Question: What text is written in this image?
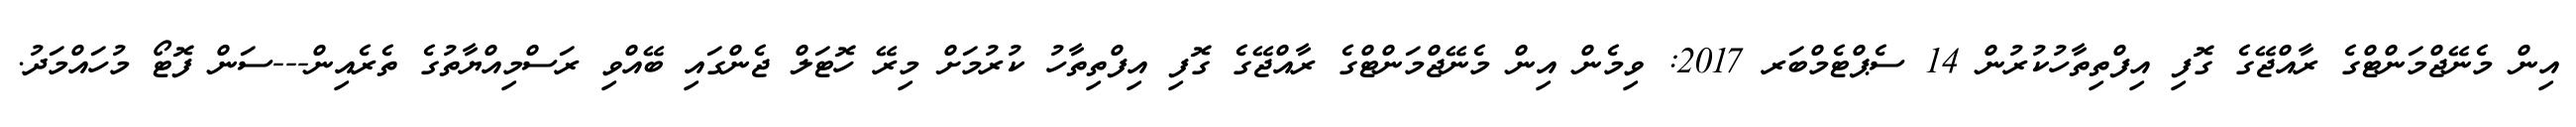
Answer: އިން މެނޭޖްމަންޓްގެ ރާއްޖޭގެ ގޮފި އިފްތިތާހުކުރުން 14 ސެޕްޓެމްބަރ 2017: ވިމެން އިން މެނޭޖްމަންޓްގެ ރާއްޖޭގެ ގޮފި އިފްތިތާހު ކުރުމަށް މިރޭ ހޮޓަލް ޖެންގައި ބޭއްވި ރަސްމިއްޔާތުގެ ތެރެއިން---ސަން ފޮޓޯ މުހައްމަދު.